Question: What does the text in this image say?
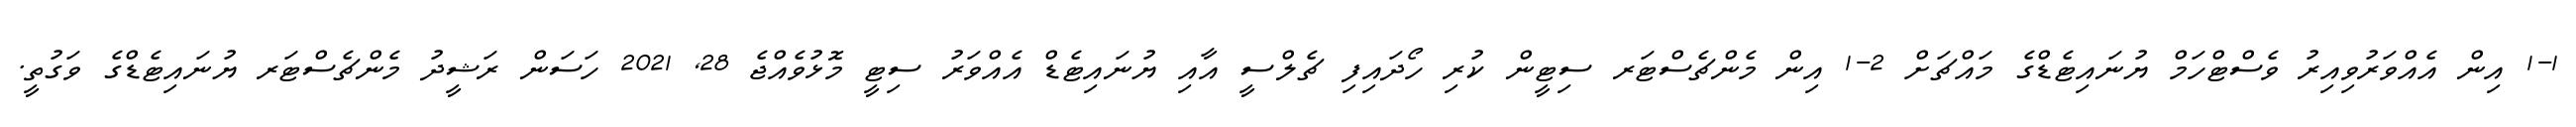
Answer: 1-1 އިން އެއްވަރުވިއިރު ވެސްޓްހަމް ޔުނައިޓެޑްގެ މައްޗަށް 2-1 އިން މެންޗެސްޓަރ ސިޓީން ކުރި ހޯދައިފި ޗެލްސީ އާއި ޔުނައިޓެޑް އެއްވަރު ސިޓީ މޮޅުވެއްޖެ 28, 2021 ހަސަން ރަޝީދު މެންޗެސްޓަރ ޔުނައިޓެޑްގެ ވަގުތީ.